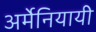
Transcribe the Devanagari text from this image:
अर्मेनियायी